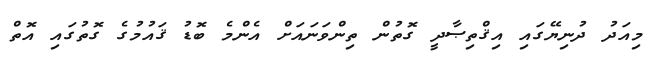
މިއަދު ދުނިޔޭގައި އިޤްތިޞާދީ ގޮތުން ތިންވަނައަށް އެންމެ ބޮޑު ޤައުމުގެ ގޮތުގައި އޮތް